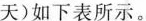
天)如下表所示。